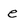
Character: e